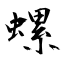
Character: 螺